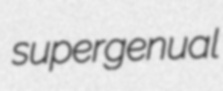
supergenual